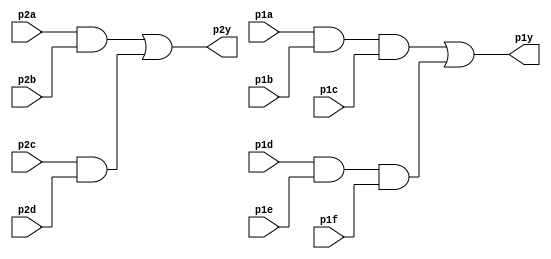
module top_module ( 
    input p1a, p1b, p1c, p1d, p1e, p1f,
    output p1y,
    input p2a, p2b, p2c, p2d,
    output p2y );
	
    wire p2a_p2b, p2c_p2d;
	assign p2a_p2b = p2a & p2b;
    assign p2c_p2d = p2c & p2d;
    assign p2y = p2a_p2b || p2c_p2d;
    
    wire p1a_p1b_p1c, p1d_p1e_p1f;
	assign p1a_p1b_p1c = p1a & p1b & p1c;
    assign p1d_p1e_p1f = p1d & p1e & p1f;
    assign p1y = p1a_p1b_p1c || p1d_p1e_p1f;
    
endmodule